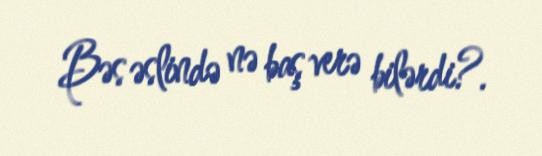
Bəs əslində nə baş verə bilərdi?.